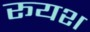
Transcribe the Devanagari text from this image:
रूयश